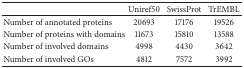
<table><thead><tr><td><b> </b></td><td><b>Uniref50</b></td><td><b>SwissProt</b></td><td><b>TrEMBL</b></td></tr></thead><tbody><tr><td>Number of annotated proteins</td><td>20693</td><td>17176</td><td>19526</td></tr><tr><td>Number of proteins with domains</td><td>11673</td><td>15810</td><td>13588</td></tr><tr><td>Number of involved domains</td><td>4998</td><td>4430</td><td>3642</td></tr><tr><td>Number of involved GOs</td><td>4812</td><td>7572</td><td>3992</td></tr></tbody></table>